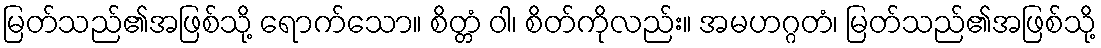
မြတ်သည်၏အဖြစ်သို့ ရောက်သော။ စိတ္တံ ဝါ၊ စိတ်ကိုလည်း။ အမဟဂ္ဂတံ၊ မြတ်သည်၏အဖြစ်သို့